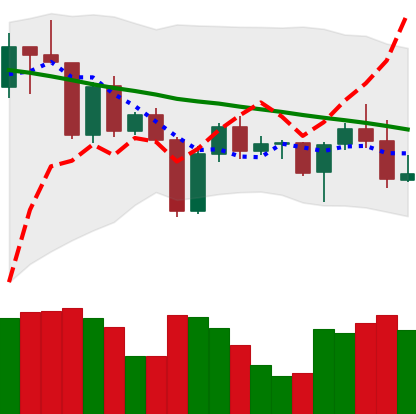
Ticker: BNB-USD
Chart end date: 2022-04-22
Forward return: -3.819%
Label: down_3_5